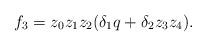
LaTeX: \begin{align*} f_3=z_0z_1z_2(\delta_1q+ \delta_2z_3 z_4).\end{align*}